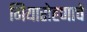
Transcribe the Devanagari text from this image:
गियारोहणाचे